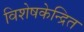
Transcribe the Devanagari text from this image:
विशेषकेन्द्रित